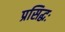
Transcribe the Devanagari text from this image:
प्रसिद्धः